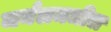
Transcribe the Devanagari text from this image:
जर्नलमधील